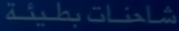
شاحنات-بطيئة